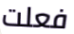
فعلت